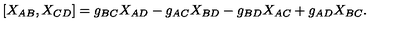
[ X _ { A B } , X _ { C D } ] = g _ { B C } X _ { A D } - g _ { A C } X _ { B D } - g _ { B D } X _ { A C } + g _ { A D } X _ { B C } .